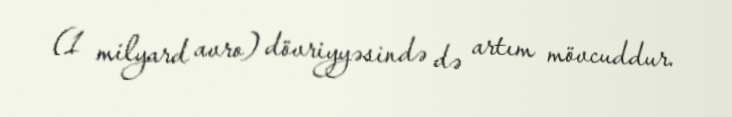
(1 milyard avro) dövriyyəsində də artım mövcuddur.